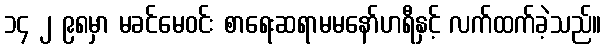
၁၄ ၂ ၉၈မှာ မခင်မေဝင်း စာရေးဆရာမမနော်ဟရီနှင့် လက်ထက်ခဲ့သည်။